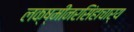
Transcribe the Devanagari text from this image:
लक्ष्मीनरसिंहाचार्य